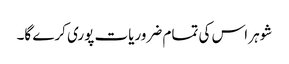
شوہر اس کی تمام ضروریات پوری کرے گا۔